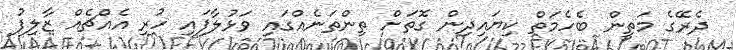
ދެރޭގެ މަތީން ބެހެމަތް ކިޔައިދިން ގޮތަށް ތިންތަނެއްގައި ވަޅުލާފައި ހުރި އެއްޗެއް ޒާލިފު